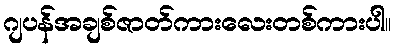
ဂျပန်အချစ်ဇာတ်ကားလေးတစ်ကားပါ။